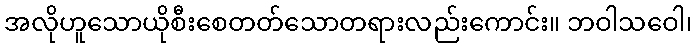
အလိုဟူသောယိုစီးစေတတ်သောတရားလည်းကောင်း။ ဘဝါသဝေါ၊